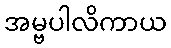
အမ္ဗပါလိကာယ